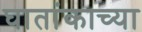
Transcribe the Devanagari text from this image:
घातांकाच्या